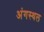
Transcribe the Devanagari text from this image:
अंगस्थल